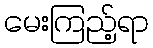
မေးကြည့်ရာ